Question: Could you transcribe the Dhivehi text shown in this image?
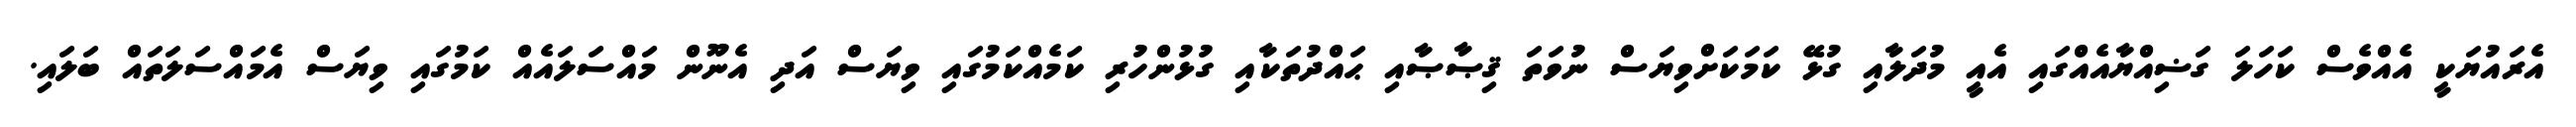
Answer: އެރައުޔަކީ އެއްވެސް ކަހަލަ ގަޟިއްޔާއެއްގައި އެއީ މުދަލާއި ގުޅޭ ކަމަކަށްވިޔަސް ނުވަތަ ޤިޞާޞާއި ޙައްދުތަކާއި ގުޅުންހުރި ކަމެއްކަމުގައި ވިޔަސް އަދި އެނޫން މައްސަލައެއް ކަމުގައި ވިޔަސް އެމައްސަލަތައް ބަލައި.